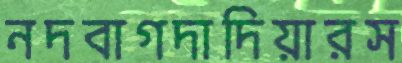
নদবাগদাদিয়ারস